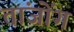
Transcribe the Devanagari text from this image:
तांजोंग